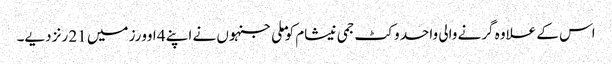
اس کے علاوہ گرنے والی واحد وکٹ جمی نیشام کو ملی جنہوں نے اپنے 4 اوورز میں 21 رنز دیے۔